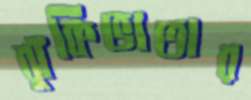
ঝুঁকিভাতার